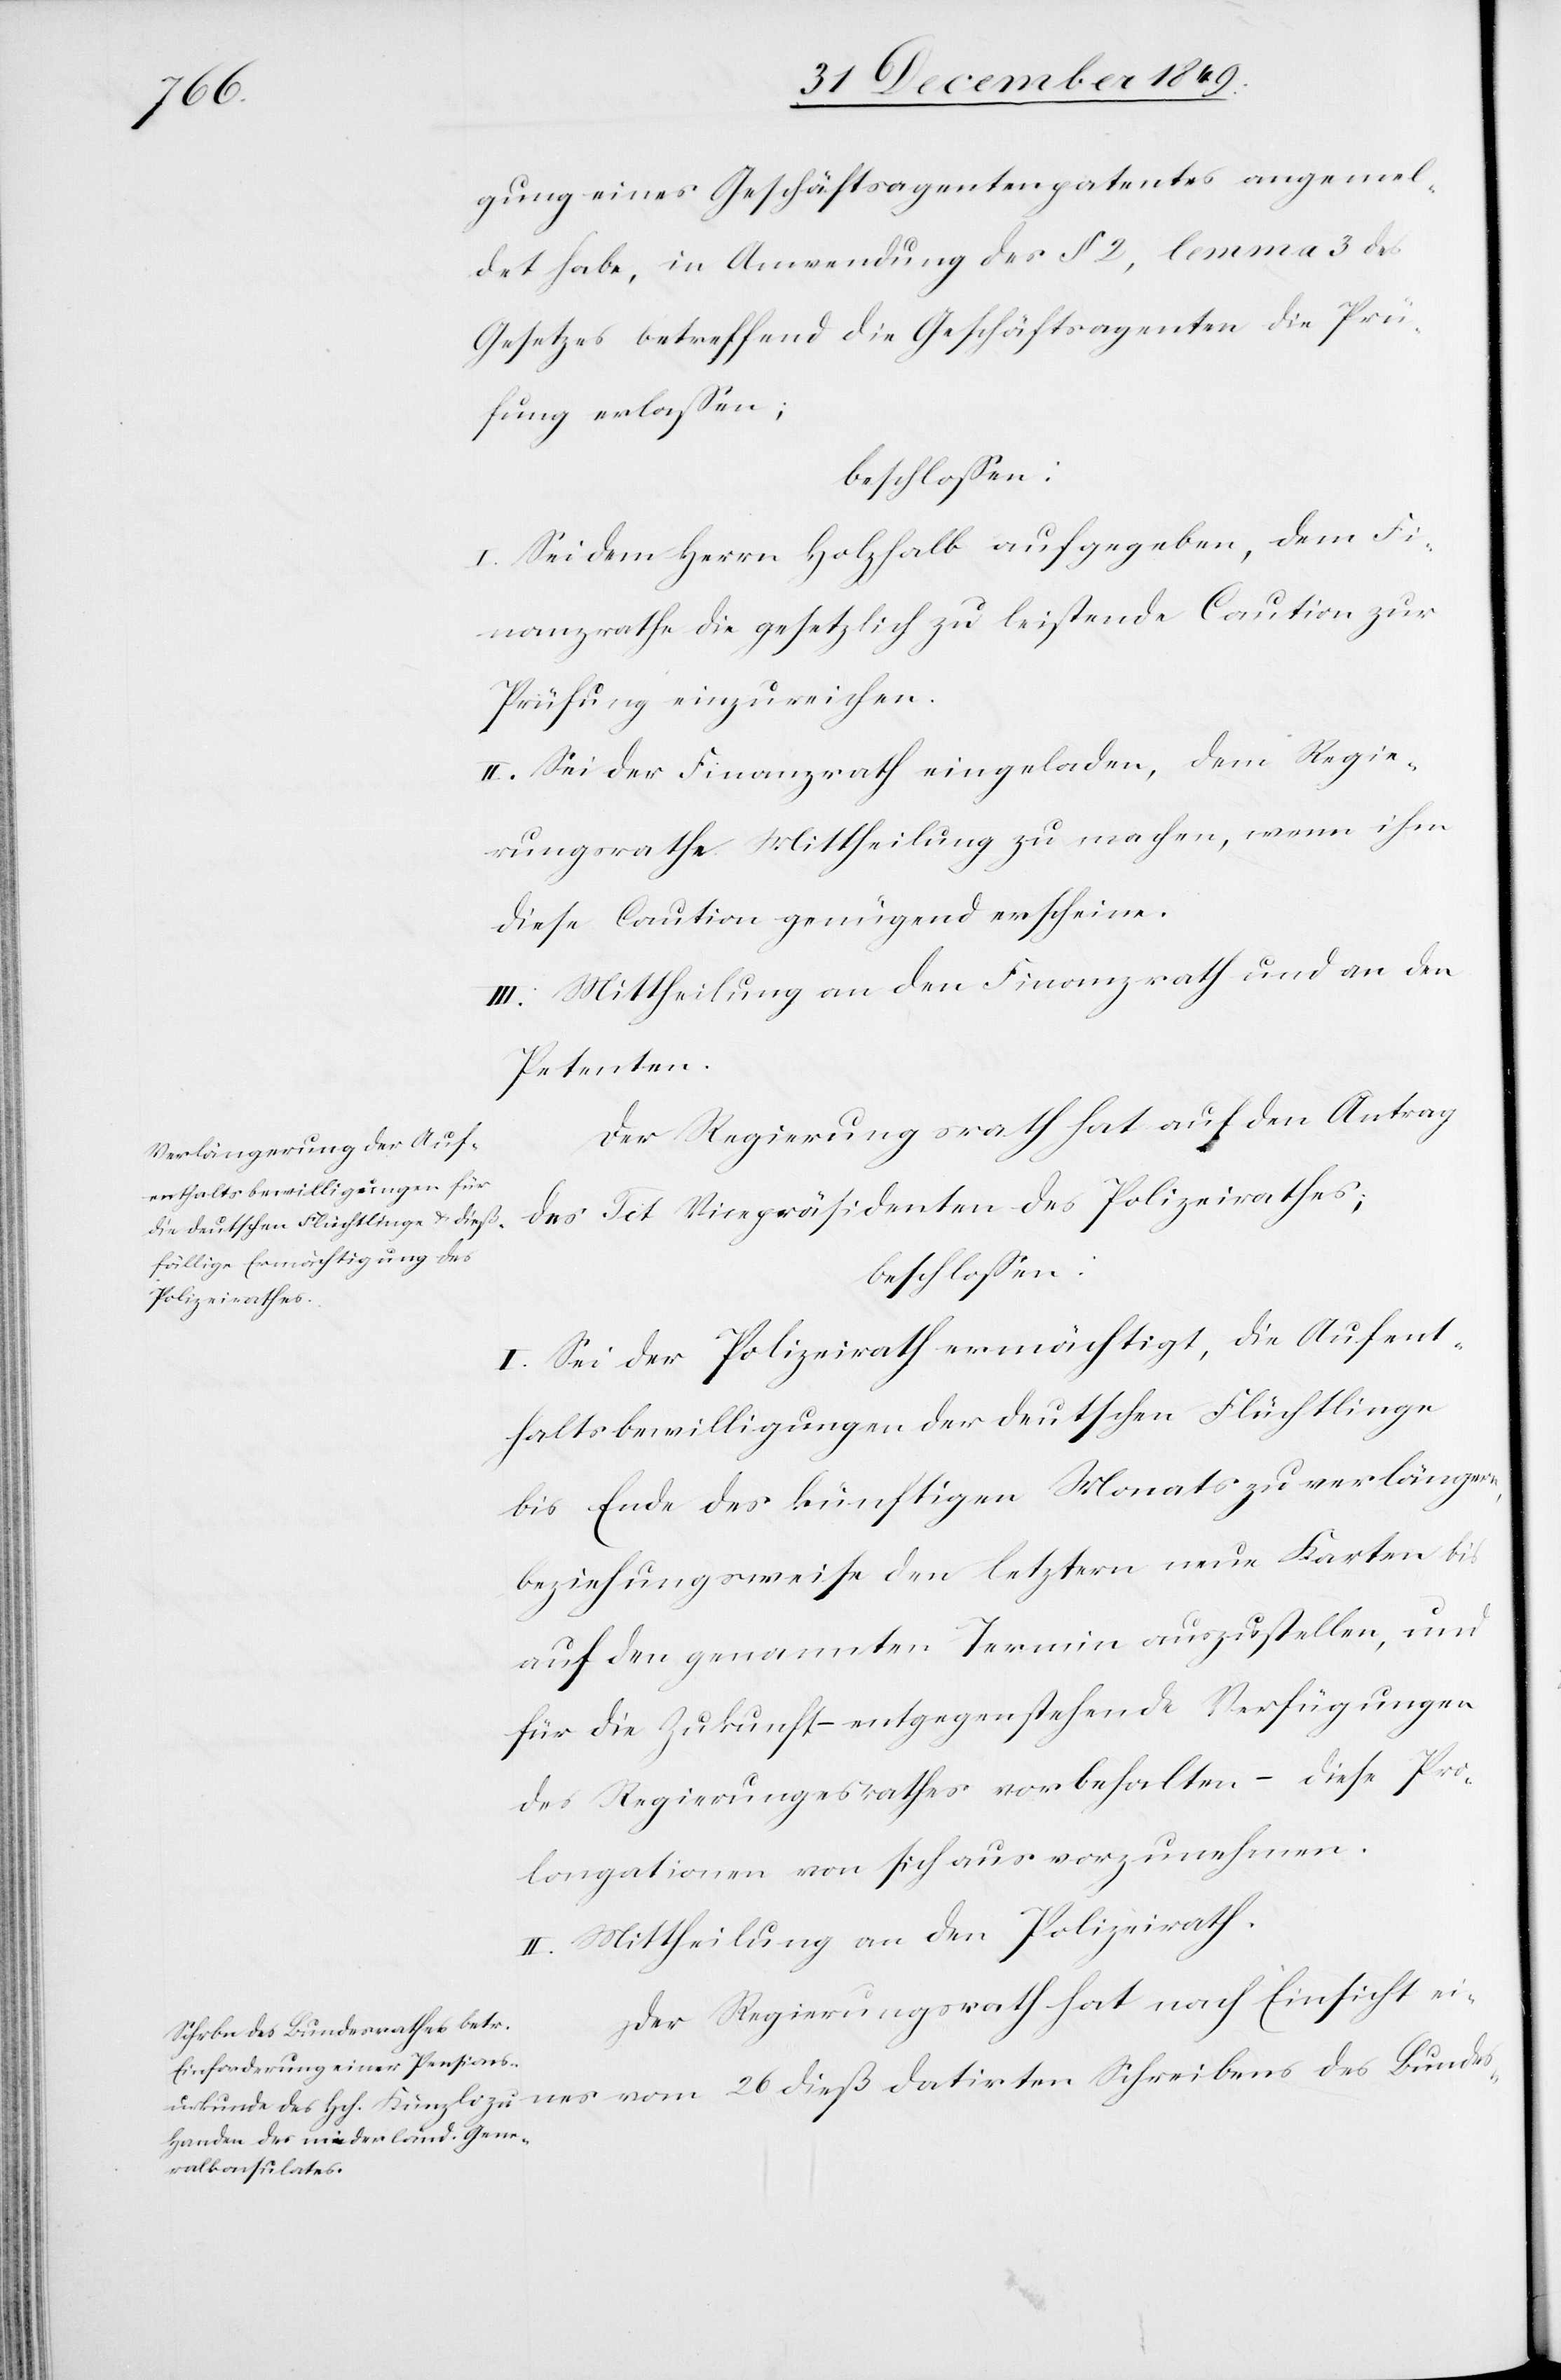
gung eines Geschäftsagentenpatentes angemel¬
det habe, in Anwendung des § 2, lemma 3 des
Gesetzes betreffend die Geschäftsagenten die Prü¬
fung erlaßen;
beschloßen:
I. Sei dem Herrn Holzhalb aufgegeben, dem Fi¬
nanzrathe die gesetzlich zu leistende Caution zur
Prüfung einzureichen.
II. Sei der Finanzrath eingeladen, dem Regie¬
rungsrathe Mittheilung zu machen, wenn ihm
diese Caution genügend erscheine.
III. Mittheilung an den Finanzrath und an den
Petenten.
Der Regierungsrath hat auf den Antrag
des Tit. Vicepräsidenten des Polizeirathes;
beschloßen:
I. Sei der Polizeirath ermächtigt, die Aufent¬
haltsbewilligungen der deutschen Flüchtlinge
bis Ende des künftigen Monats zu verlängern,
beziehungsweise den letztern neue Karten bis
auf den genannten Termin auszustellen, und
für die Zukunft – entgegenstehende Verfügungen
des Regierungsrathes vorbehalten – diese Pro¬
longationen von sich aus vorzunehmen.
II. Mittheilung an den Polizeirath.
Der Regierungsrath hat nach Einsicht eines